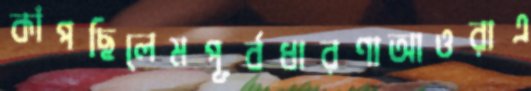
কাঁপছিলেমপূর্বধারণাআওরাএ